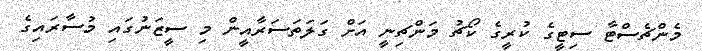
މެންޗެސްޓާ ސިޓީގެ ކުރީގެ ކޯޗު މަންޗިނީ އަށް ގަލަތަސަރާއީން މި ސީޒަނުގައި މުސާރައިގެ